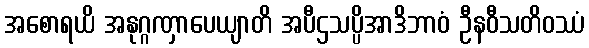
အစောရယိ အနုဂ္ဂဏှာပေယျာတိ အပီဌသပ္ပိအာဒိဘာဝံ ဦနဝီသတိဝဿံ